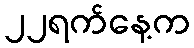
၂၂ရက်နေ့က